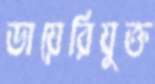
ডায়েরিযুক্ত